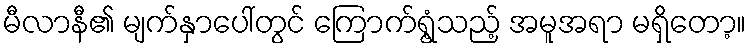
မီလာနီ၏ မျက်နှာပေါ်တွင် ကြောက်ရွံ့သည့် အမူအရာ မရှိတော့။